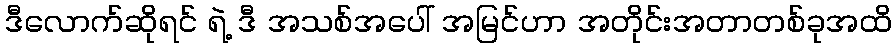
ဒီလောက်ဆိုရင် ရဲ့ ဒီ အသစ်အပေါ် အမြင်ဟာ အတိုင်းအတာတစ်ခုအထိ